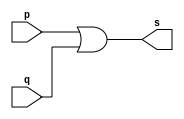
// ------------------------- 
// Exemplo0004 - OR 
// Nome: Mateus Lara Carvalho 
// ------------------------- 
// ------------------------- 
// -- or gate 
// ------------------------- 
module orgate ( output s, 
input p, q); 
assign s = p | q; 
endmodule // orgate 
// --------------------- 
// -- test or gate 
// --------------------- 
module testorgate; 
// ------------------------- dados locais 
reg a, b; // definir registradores 
wire s; // definir conexao (fio) 
// ------------------------- instancia 
orgate OR1 (s, a, b); 
// ------------------------- preparacao 
initial begin:start 
// atribuicao simultanea 
// dos valores iniciais 
a=0; b=0; 
end 
// ------------------------- parte principal 
initial begin 
$display("Exemplo0004 - Mateus Lara Carvalho - 441700"); 
$display("Test OR gate"); 
$display("\na & b = s\n"); 
a=0; b=0; 
#1 $display("%b & %b = %b", a, b, s); 
a=0; b=1; 
#1 $display("%b & %b = %b", a, b, s); 
a=1; b=0; 
#1 $display("%b & %b = %b", a, b, s); 
a=1; b=1; 
#1 $display("%b & %b = %b", a, b, s); 
end 
endmodule // testorgate